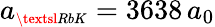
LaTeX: a_{\scriptscriptstyle\textsl{RbK}}=3638\, a_{0}